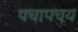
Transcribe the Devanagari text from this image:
पचापचय